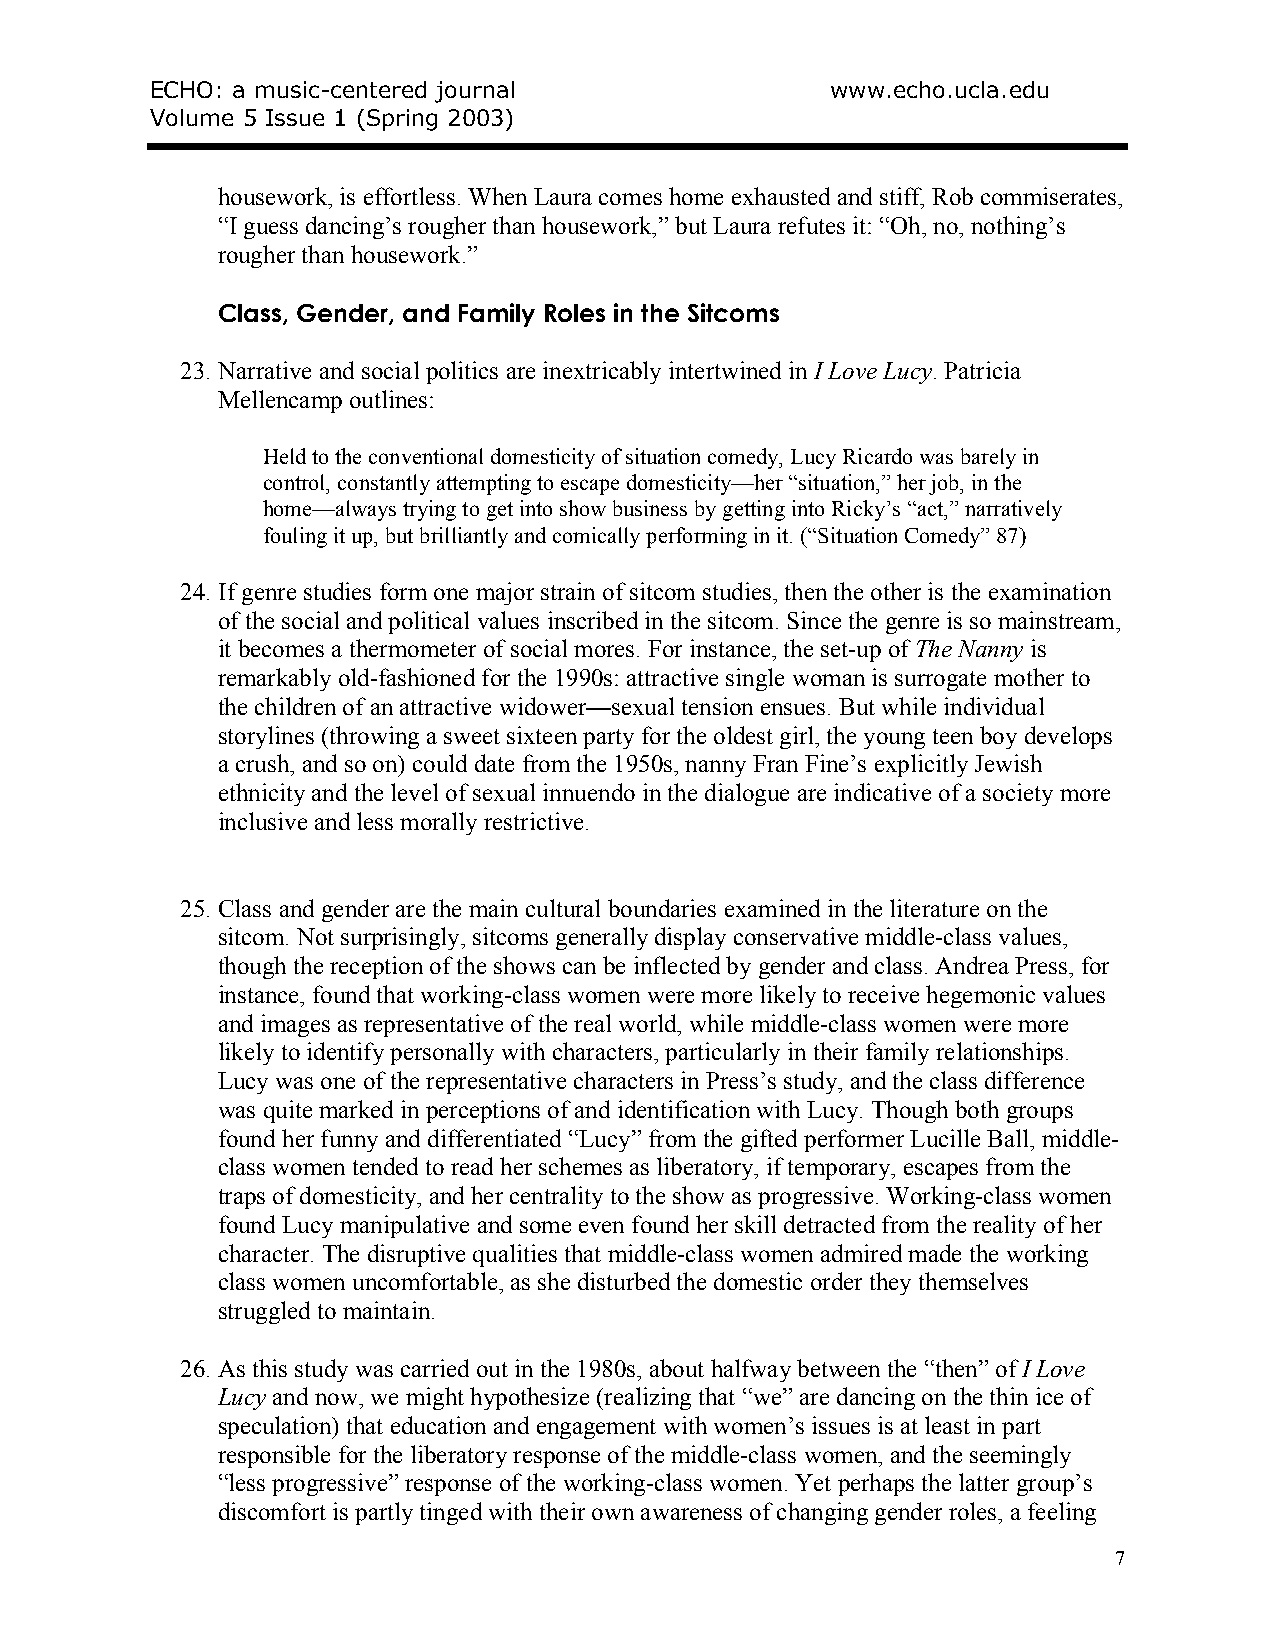
ECHO: a music-centered journal               www.echo.ucla.edu
 Volume 5 Issue 1 (Spring 2003)
 housework, is effortless. When Laura comes home exhausted and stiff, Rob commiserates,
 “I guess dancing’s rougher than housework,” but Laura refutes it: “Oh, no, nothing’s
 rougher than housework.”
 Class, Gender, and Family Roles in the Sitcoms
 23. Narrative and social politics are inextricably intertwined in I Love Lucy. Patricia
 Mellencamp outlines:
 Held to the conventional domesticity of situation comedy, Lucy Ricardo was barely in
 control, constantly attempting to escape domesticity—her “situation,” her job, in the
 home—always trying to get into show business by getting into Ricky’s “act,” narratively
 fouling it up, but brilliantly and comically performing in it. (“Situation Comedy” 87)
 24. If genre studies form one major strain of sitcom studies, then the other is the examination
 of the social and political values inscribed in the sitcom. Since the genre is so mainstream,
 it becomes a thermometer of social mores. For instance, the set-up of The Nanny is
 remarkably old-fashioned for the 1990s: attractive single woman is surrogate mother to
 the children of an attractive widower—sexual tension ensues. But while individual
 storylines (throwing a sweet sixteen party for the oldest girl, the young teen boy develops
 a crush, and so on) could date from the 1950s, nanny Fran Fine’s explicitly Jewish
 ethnicity and the level of sexual innuendo in the dialogue are indicative of a society more
 inclusive and less morally restrictive.
 25. Class and gender are the main cultural boundaries examined in the literature on the
 sitcom. Not surprisingly, sitcoms generally display conservative middle-class values,
 though the reception of the shows can be inflected by gender and class. Andrea Press, for
 instance, found that working-class women were more likely to receive hegemonic values
 and images as representative of the real world, while middle-class women were more
 likely to identify personally with characters, particularly in their family relationships.
 Lucy was one of the representative characters in Press’s study, and the class difference
 was quite marked in perceptions of and identification with Lucy. Though both groups
 found her funny and differentiated “Lucy” from the gifted performer Lucille Ball, middle-
 class women tended to read her schemes as liberatory, if temporary, escapes from the
 traps of domesticity, and her centrality to the show as progressive. Working-class women
 found Lucy manipulative and some even found her skill detracted from the reality of her
 character. The disruptive qualities that middle-class women admired made the working
 class women uncomfortable, as she disturbed the domestic order they themselves
 struggled to maintain.
 26. As this study was carried out in the 1980s, about halfway between the “then” of I Love
 Lucy and now, we might hypothesize (realizing that “we” are dancing on the thin ice of
 speculation) that education and engagement with women’s issues is at least in part
 responsible for the liberatory response of the middle-class women, and the seemingly
 “less progressive” response of the working-class women. Yet perhaps the latter group’s
 discomfort is partly tinged with their own awareness of changing gender roles, a feeling
 7